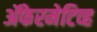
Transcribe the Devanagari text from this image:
ॲफेरमेटिव्ह